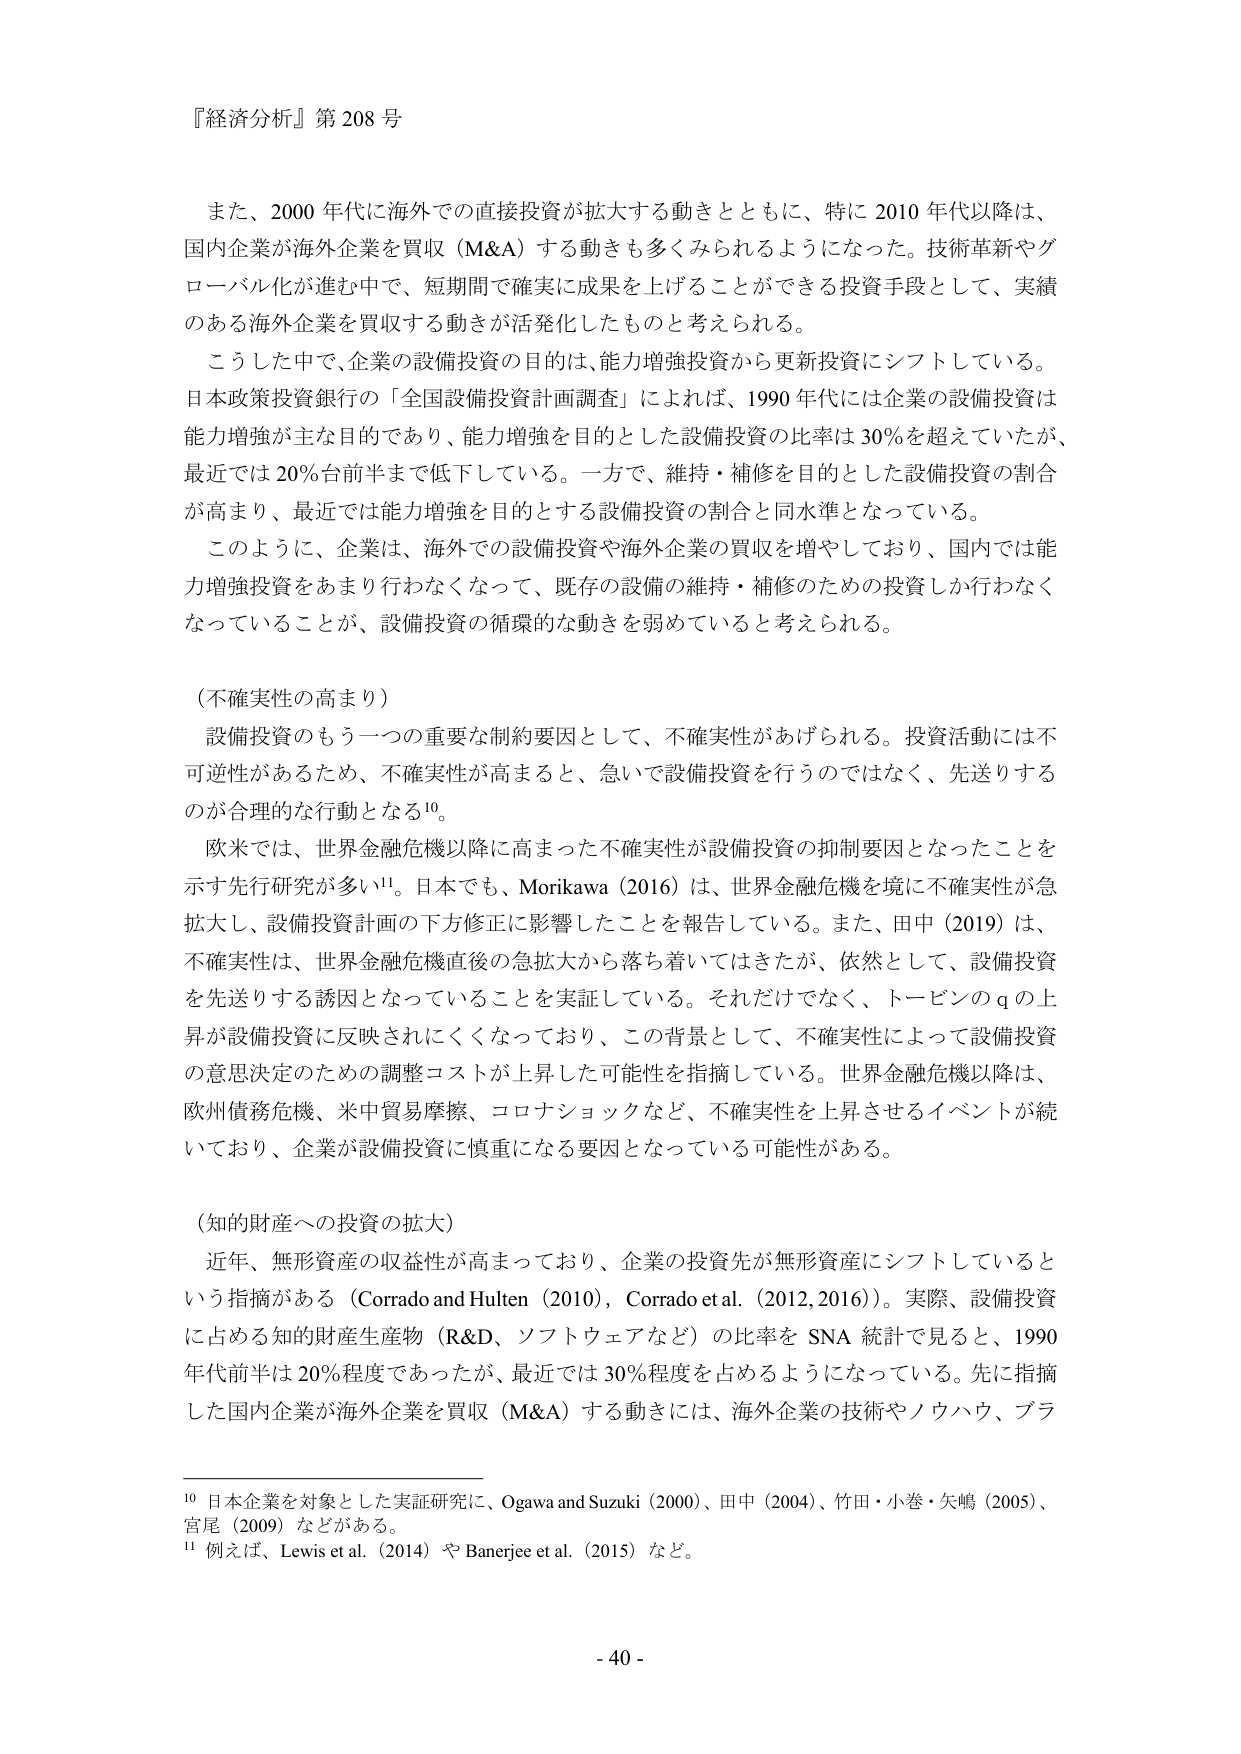
『経済分析』第 208 号

また、2000 年代に海外での直接投資が拡大する動きとともに、特に 2010 年代以降は、
国内企業が海外企業を買収（M&A）する動きも多くみられるようになった。技術革新やグ
ローバル化が進む中で、短期間で確実に成果を上げることができる投資手段として、実績
のある海外企業を買収する動きが活発化したものと考えられる。

こうした中で、企業の設備投資の目的は、能力増強投資から更新投資にシフトしている。
日本政策投資銀行の「全国設備投資計画調査」によれば、1990 年代には企業の設備投資は
能力増強が主目的であり、能力増強を目的とした設備投資の比率は 30％を超えていたが、
最近では 20％台前半まで低下している。一方で、維持・補修を目的とした設備投資の割合
が高まり、最近では能力増強を目的とする設備投資の割合と同水準となっている。

このように、企業は、海外での設備投資や海外企業の買収を増やしており、国内では能
力増強投資をあまり行わなくなって、既存の設備の維持・補修のための投資しか行わなく
なっていることが、設備投資の循環的な動きを弱めていると考えられる。

（不確実性の高まり）
設備投資のもう一つの重要な制約要因として、不確実性があげられる。投資活動には不
可逆性があるため、不確実性が高まると、急いで設備投資を行うのではなく、先送りする
のが合理的な行動となる¹⁰。

欧米では、世界金融危機以降に高まった不確実性が設備投資の抑制要因となったことを
示す先行研究が多い¹¹。日本でも、Morikawa（2016）は、世界金融危機を境に不確実性が急
拡大し、設備投資計画の下方修正に影響したことを報告している。また、田中（2019）は、
不確実性は、世界金融危機直後の急拡大から落ち着いてはきたが、依然として、設備投資
を先送りする誘因となっていることを実証している。それだけでなく、トービンの q の上
昇が設備投資に反映されにくくなっており、この背景として、不確実性によって設備投資
の意思決定のための調整コストが上昇した可能性を指摘している。世界金融危機以降は、
欧州債務危機、米中貿易摩擦、コロナショックなど、不確実性を上昇させるイベントが続
いており、企業が設備投資に慎重になる要因となっている可能性がある。

（知的財産への投資の拡大）
近年、無形資産の収益性が高まっており、企業の投資先が無形資産にシフトしていると
いう指摘がある（Corrado and Hulten（2010），Corrado et al.（2012,2016））。実際、設備投資
に占める知的財産生産物（R&D、ソフトウェアなど）の比率を SNA 統計で見ると、1990
年代前半は 20％程度であったが、最近では 30％程度を占めるようになっている。先に指摘
した国内企業が海外企業を買収（M&A）する動きには、海外企業の技術やノウハウ、プラ

¹⁰ 日本企業を対象とした実証研究に、Ogawa and Suzuki（2000）、田中（2004）、竹田・小巻・矢嶋（2005）、
宮尾（2009）などがある。
¹¹ 例えば、Lewis et al.（2014）や Banerjee et al.（2015）など。

- 40 -